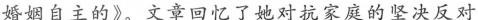
婚姻自主的》。文章回忆了她对抗家庭的坚决反对，